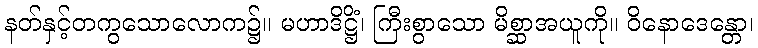
နတ်နှင့်တကွသောလောက၌။ မဟာဒိဋ္ဌိံ၊ ကြီးစွာသော မိစ္ဆာအယူကို။ ဝိနောဒေန္တော၊